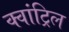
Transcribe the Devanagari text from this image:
क्वांट्रिल